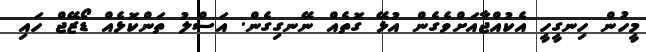
މީހުން ހިނގީހީ އެކުއްޖާއަށްވެގެން އުޅޭ ގޮތެއް ނޭނގިގެން. އަސްލު ތަންކޮޅެއް ޑޯޒޭޖް ހައި